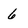
Character: 6